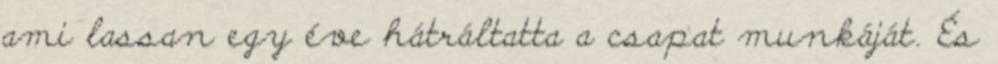
ami lassan egy éve hátráltatta a csapat munkáját. És